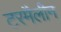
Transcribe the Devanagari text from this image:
टरमैलीन